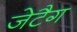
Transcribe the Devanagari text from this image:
जेटैग